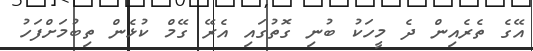
އޭގެ ތެރެއިން ދެ މީހަކު ބުނި ގޮތުގައި އެރޭ ގޭމް ކުޅެން ތިބުމަށްފަހު